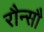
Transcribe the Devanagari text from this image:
रौन्सौ